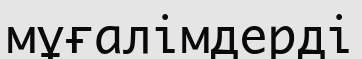
мұғалімдерді